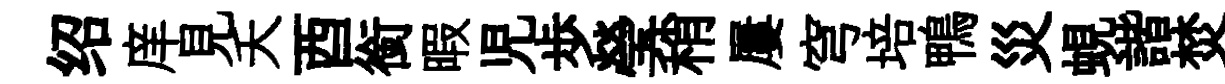
绍庠見夭酉銜暇児歩瑩稍屢穹培鴨災蜆諧焚